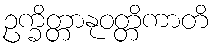
ဥက္ခိတ္တာနုဝတ္တိကာတိ